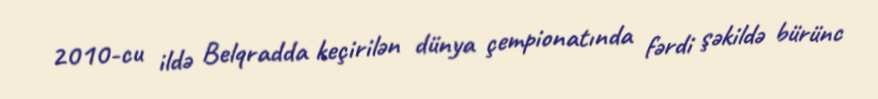
2010-cu ildə Belqradda keçirilən dünya çempionatında fərdi şəkildə bürünc